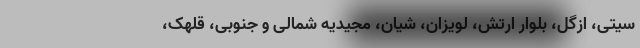
سیتی، ازگل، بلوار ارتش، لویزان، شیان، مجیدیه شمالی و جنوبی، قلهک،